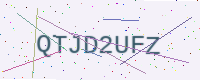
Text: QTJD2UFZ